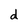
Character: d